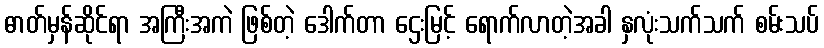
ဓာတ်မှန်ဆိုင်ရာ အကြီးအကဲ ဖြစ်တဲ့ ဒေါက်တာ ဌေးမြင့် ရောက်လာတဲ့အခါ နှလုံးသက်သက် စမ်းသပ်